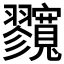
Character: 𡬘